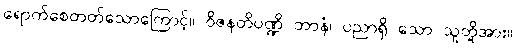
ရောက်စေတတ်သောကြောင့်။ ဝိဇနတိပဏ္ဍိ တာနံ၊ ပညာရှိ သော သူတို့အား။